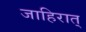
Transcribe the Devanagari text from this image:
जाहिरात्